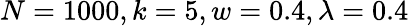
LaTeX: N=1000,k=5,w=0.4,\lambda=0.4